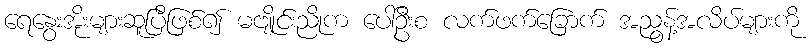
ရေနွေးအိုးများဆူပြီဖြစ်၍ မဗျိုင်းညိုက ပေါ်ဦးစ လက်ဖက်ခြောက် အညွန့်အလိပ်များကို